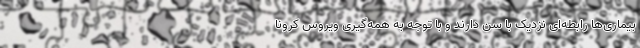
بیماری‌ها رابطه‌ای نزدیک با سن دارند و با توجه به همه‌گیری ویروس کرونا